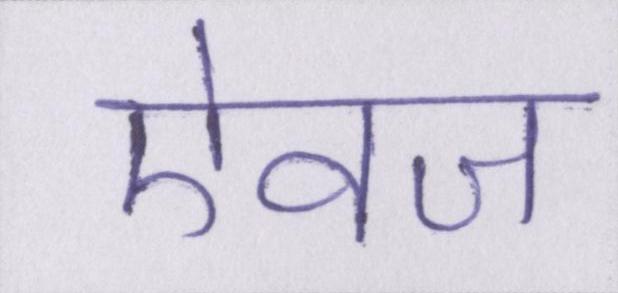
ऐवज